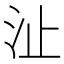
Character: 沚